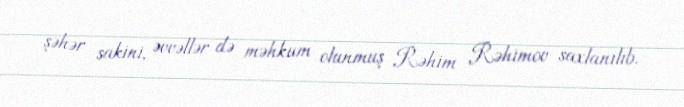
şəhər sakini, əvvəllər də məhkum olunmuş Rəhim Rəhimov saxlanılıb.